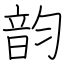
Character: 韵